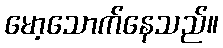
မော့သောက်နေသည်။